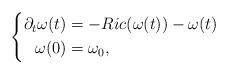
LaTeX: \begin{align*}\left\{\begin{aligned}\partial_t\omega(t)&=-Ric(\omega(t))-\omega(t)\\\omega(0)&=\omega_0,\end{aligned}\right.\end{align*}